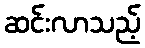
ဆင်းလာသည့်